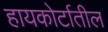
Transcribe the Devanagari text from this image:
हायकोर्टातील